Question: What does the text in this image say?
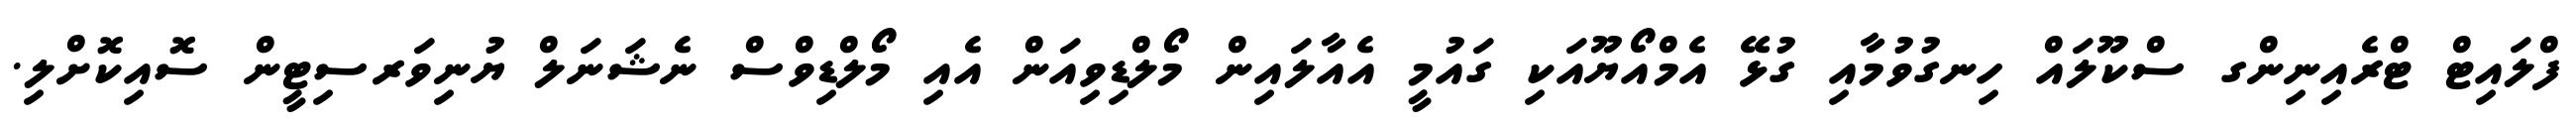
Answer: ފްލައިޓް ޓްރެއިނިންގ ސްކޫލައް ހިނގުވުމާއި ގުޅޭ އެމްއޯޔޫއަކި ގައުމީ އެއާލައިން މޯލްޑިވިއަން އެއި މޯލްޑިވްސް ނެޝަނަލް ޔުނިވަރސިޓީން ސޮއިކޮށްލި.